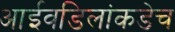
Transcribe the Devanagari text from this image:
आईवडिलांकडेच